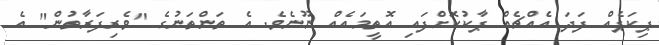
ޕިކަޕެއް ފަދަ އެއްޗެއް ޕާކުކޮށްފައި އޮތީމައެއް ނޫނެވެ. އެ ތަންތަނުގެ "ވެރިފަރާތުން" އެ